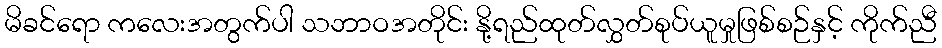
မိခင်ရော ကလေးအတွက်ပါ သဘာဝအတိုင်း နို့ရည်ထုတ်လွှတ်စုပ်ယူမှုဖြစ်စဉ်နှင့် ကိုက်ညီ